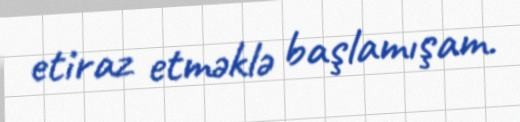
etiraz etməklə başlamışam.